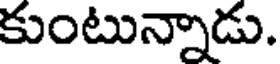
కుంటున్నాడు.